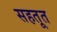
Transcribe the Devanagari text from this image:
सहतूत